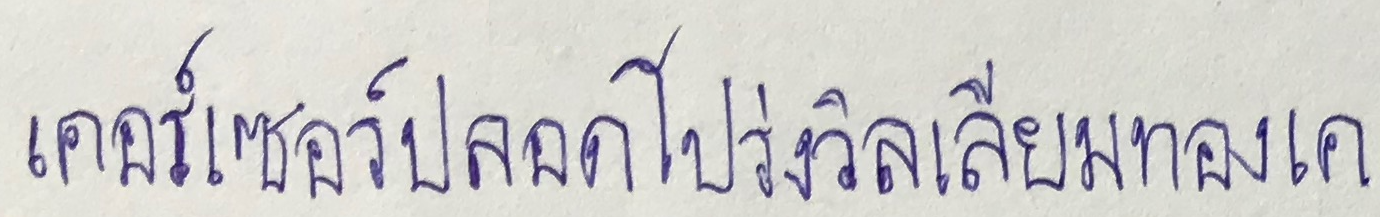
เคอร์เซอร์ปลอดโปร่งวิลเลียมทองเค